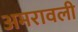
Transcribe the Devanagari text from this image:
अमरावली